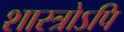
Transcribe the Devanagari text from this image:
शास्त्रोऽपि